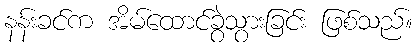
နန်းခင်က အိမ်ထောင်ခွဲသွားခြင်း ဖြစ်သည်။